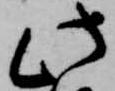
此